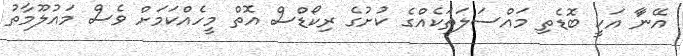
އޭނާަ އަކީ ބޮޑެތި މައްސަލަތަކެއްގެ ކުށުގެ ރިކޯޑްސް އޮތް މީހެއްކަމަށް ވެސް މައުލޫމާތު